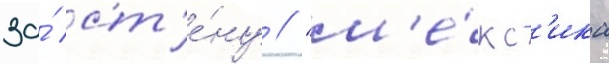
за́ ст'е́ну // "м'е́кс'ика